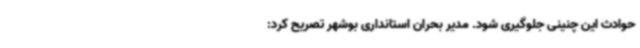
حوادث این چنینی جلوگیری شود. مدیر بحران استانداری بوشهر تصریح کرد: